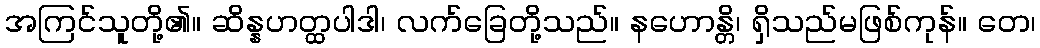
အကြင်သူတို့၏။ ဆိန္နဟတ္ထပါဒါ၊ လက်ခြေတို့သည်။ နဟောန္တိ၊ ရှိသည်မဖြစ်ကုန်။ တေ၊